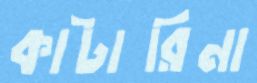
কাটারিনা